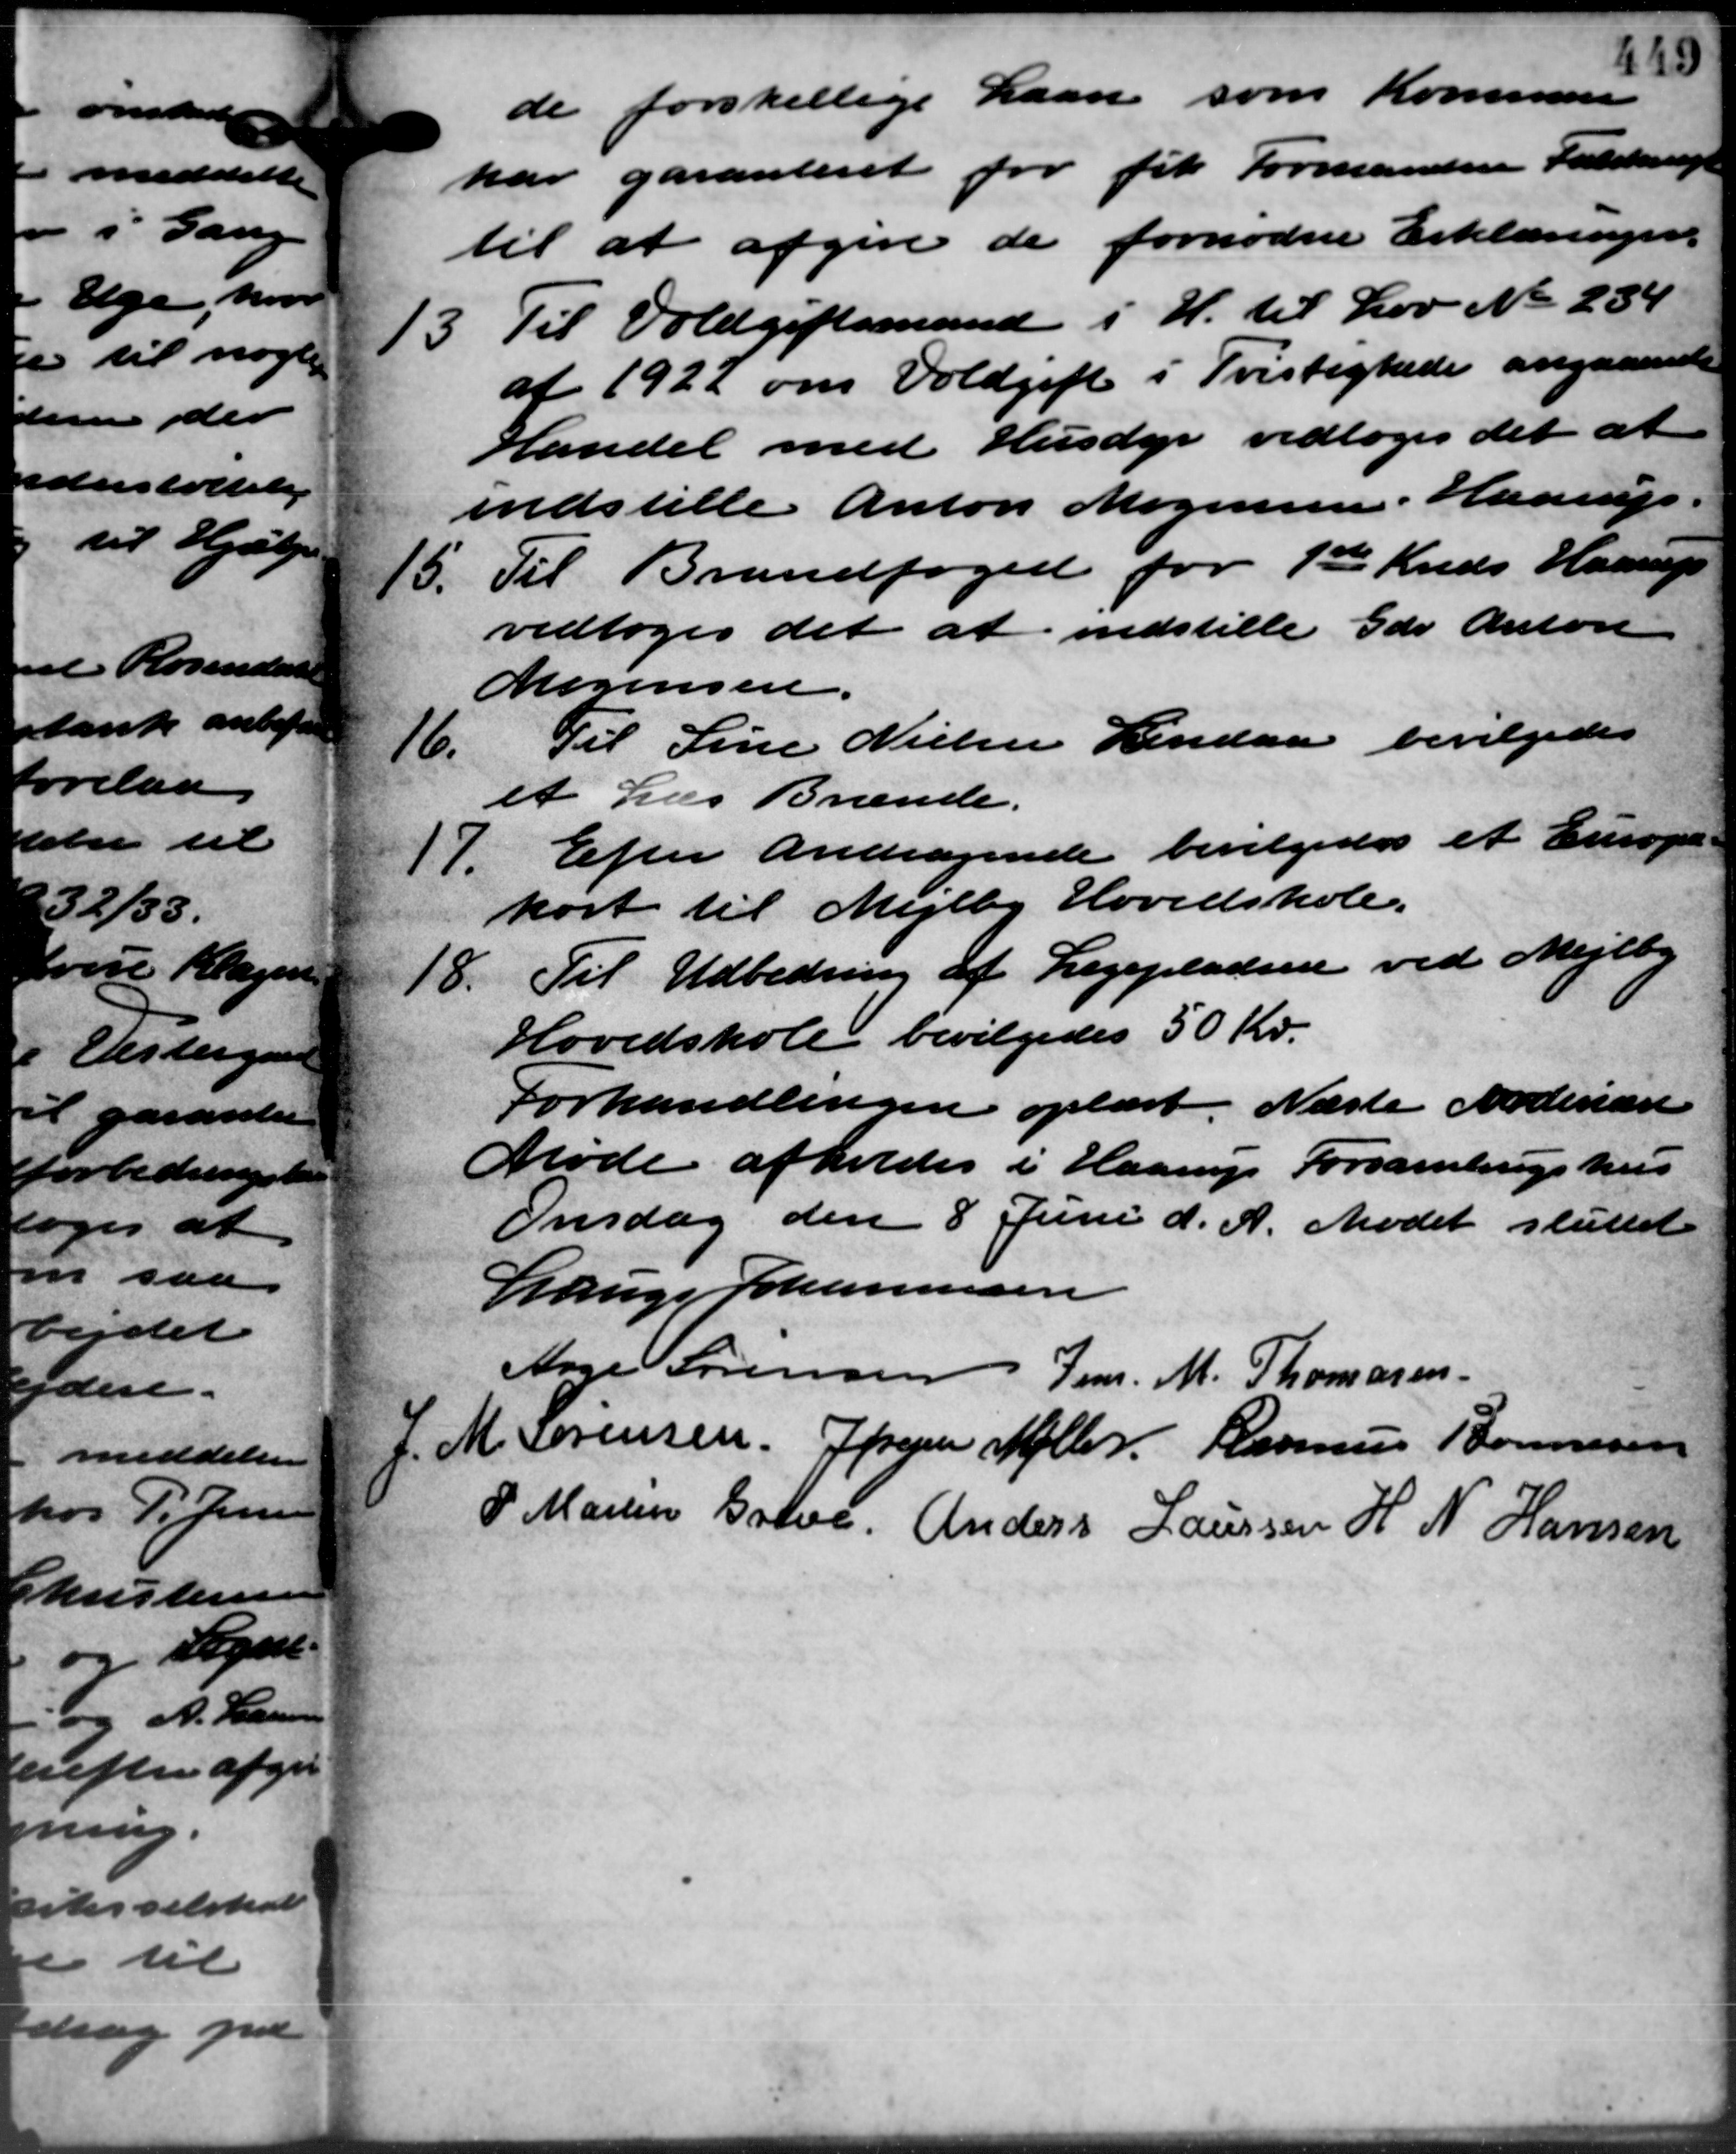
Transskription:
de forskellige Laan som Kommune
har garanteret for fik Formanden Fuldmægt
til at afgive de fornødne Erklæringer.
13. Til Voldgiftsmand i H. til Lov No. 234
13. Til Voldgiftsmand i H. til Lov No. 234
af 1922 om Voldgift i Tvistighede angaaende
Handel med Husdyr vedtoges det at
indstille Anton Mogensen Haarup.
15. Til Brandfoged for 1ste Kreds Haarup
15. Til Brandfoged for 1ste Kreds Haarup
vedtoges det at indstille Gdr. Anton
Mogensen.
16.
Til Line Nielsen Lindaa bevilgedes
et Læs Brænde.
Efter Andragende bevilgedes et Europe
17.
kort til Mejlby Hovedskole.
18. Til Udbedring af Legepladsen ved Mejlby
18. Til Udbedring af Legepladsen ved Mejlby
Hovedskole bevilgedes 50 Kr.
Forhandlingen oplæst. Næste Nordinære
Møde afholdes i Haarup Forsamlingshus
Onsdag den 8 Juni d. A. Mødet sluttet
Lauge Johannesen
Aage Sørensen Jens M. Thomasen
C.M. Sørensen J Jørgen Møller Rasmus Bonnesen
P. Martin Greve Anders Laursen H N Hansen